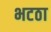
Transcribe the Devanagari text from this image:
भटठा